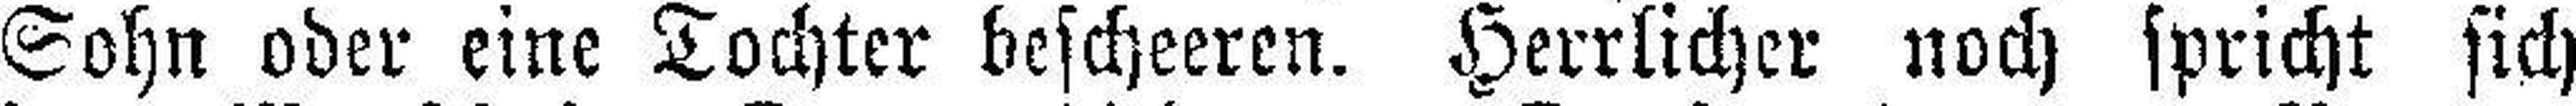
Sohn oder eine Tochter bescheeren. Herrlicher noch spricht sich